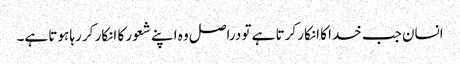
انسان جب خدا کا انکار کرتا ہے تو دراصل وہ اپنے شعور کا انکار کر رہا ہوتا ہے۔